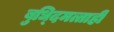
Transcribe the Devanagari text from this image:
बुध्दिमत्ताही